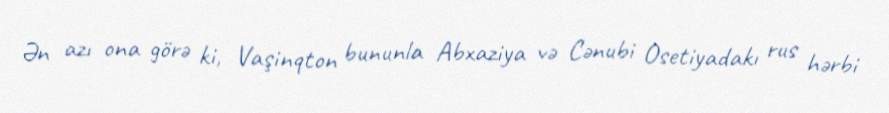
Ən azı ona görə ki, Vaşinqton bununla Abxaziya və Cənubi Osetiyadakı rus hərbi